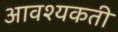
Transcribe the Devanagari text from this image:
आवश्यकती